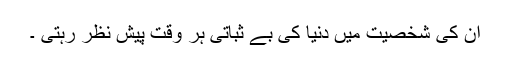
ان کی شخصیت میں دنیا کی بے ثباتی ہر وقت پیش نظر رہتی ۔